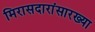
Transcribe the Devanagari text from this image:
मिरासदारांसारख्या